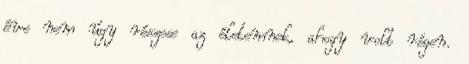
éve nem úgy részese az életemnek, ahogy volt régen.